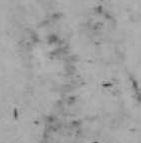
閏